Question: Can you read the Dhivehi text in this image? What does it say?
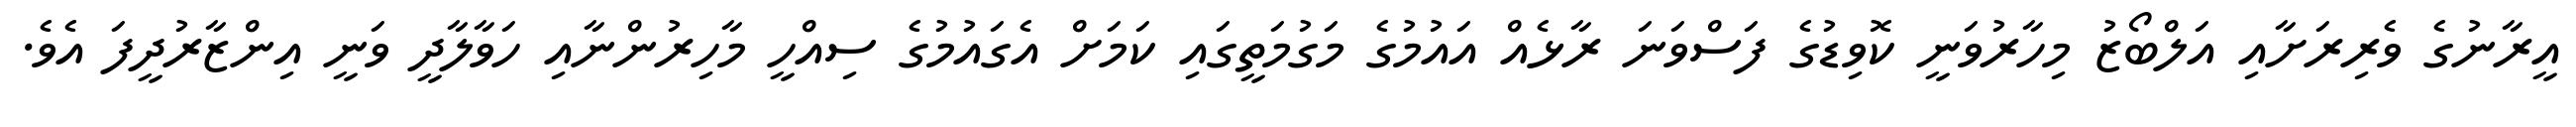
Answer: އީރާނުގެ ވެރިރަށާއި އަލްބޯޒު މިހާރުވަނީ ކޮވިޑުގެ ފަސްވަނަ ރާޅެއް އައުމުގެ މަގުމަތީގައި ކަމަށް އެގައުމުގެ ސިއްހީ މާހިރުންނާއި ހަވާލާދީ ވަނީ އިންޒާރުދީފަ އެވެ.